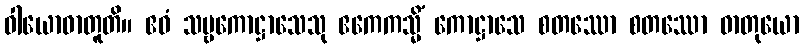
ဝါယောဓာတူတိ။ ဧဝံ သဗ္ဗကောဋ္ဌာသေသု ဧကေကသ္မိံ ကောဋ္ဌာသေ စတဿော စတဿော ဓာတုယော